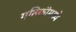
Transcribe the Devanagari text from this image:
गतिकीमध्ये